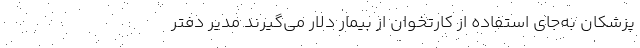
پزشکان به‌جای استفاده از کارتخوان از بیمار دلار می‌گیرند مدیر دفتر